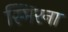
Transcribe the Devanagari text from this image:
स्मिरना